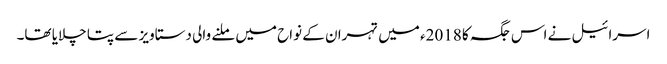
اسرائیل نے اس جگہ کا 2018ء میں تہران کے نواح میں ملنے والی دستاویز سے پتا چلایا تھا۔